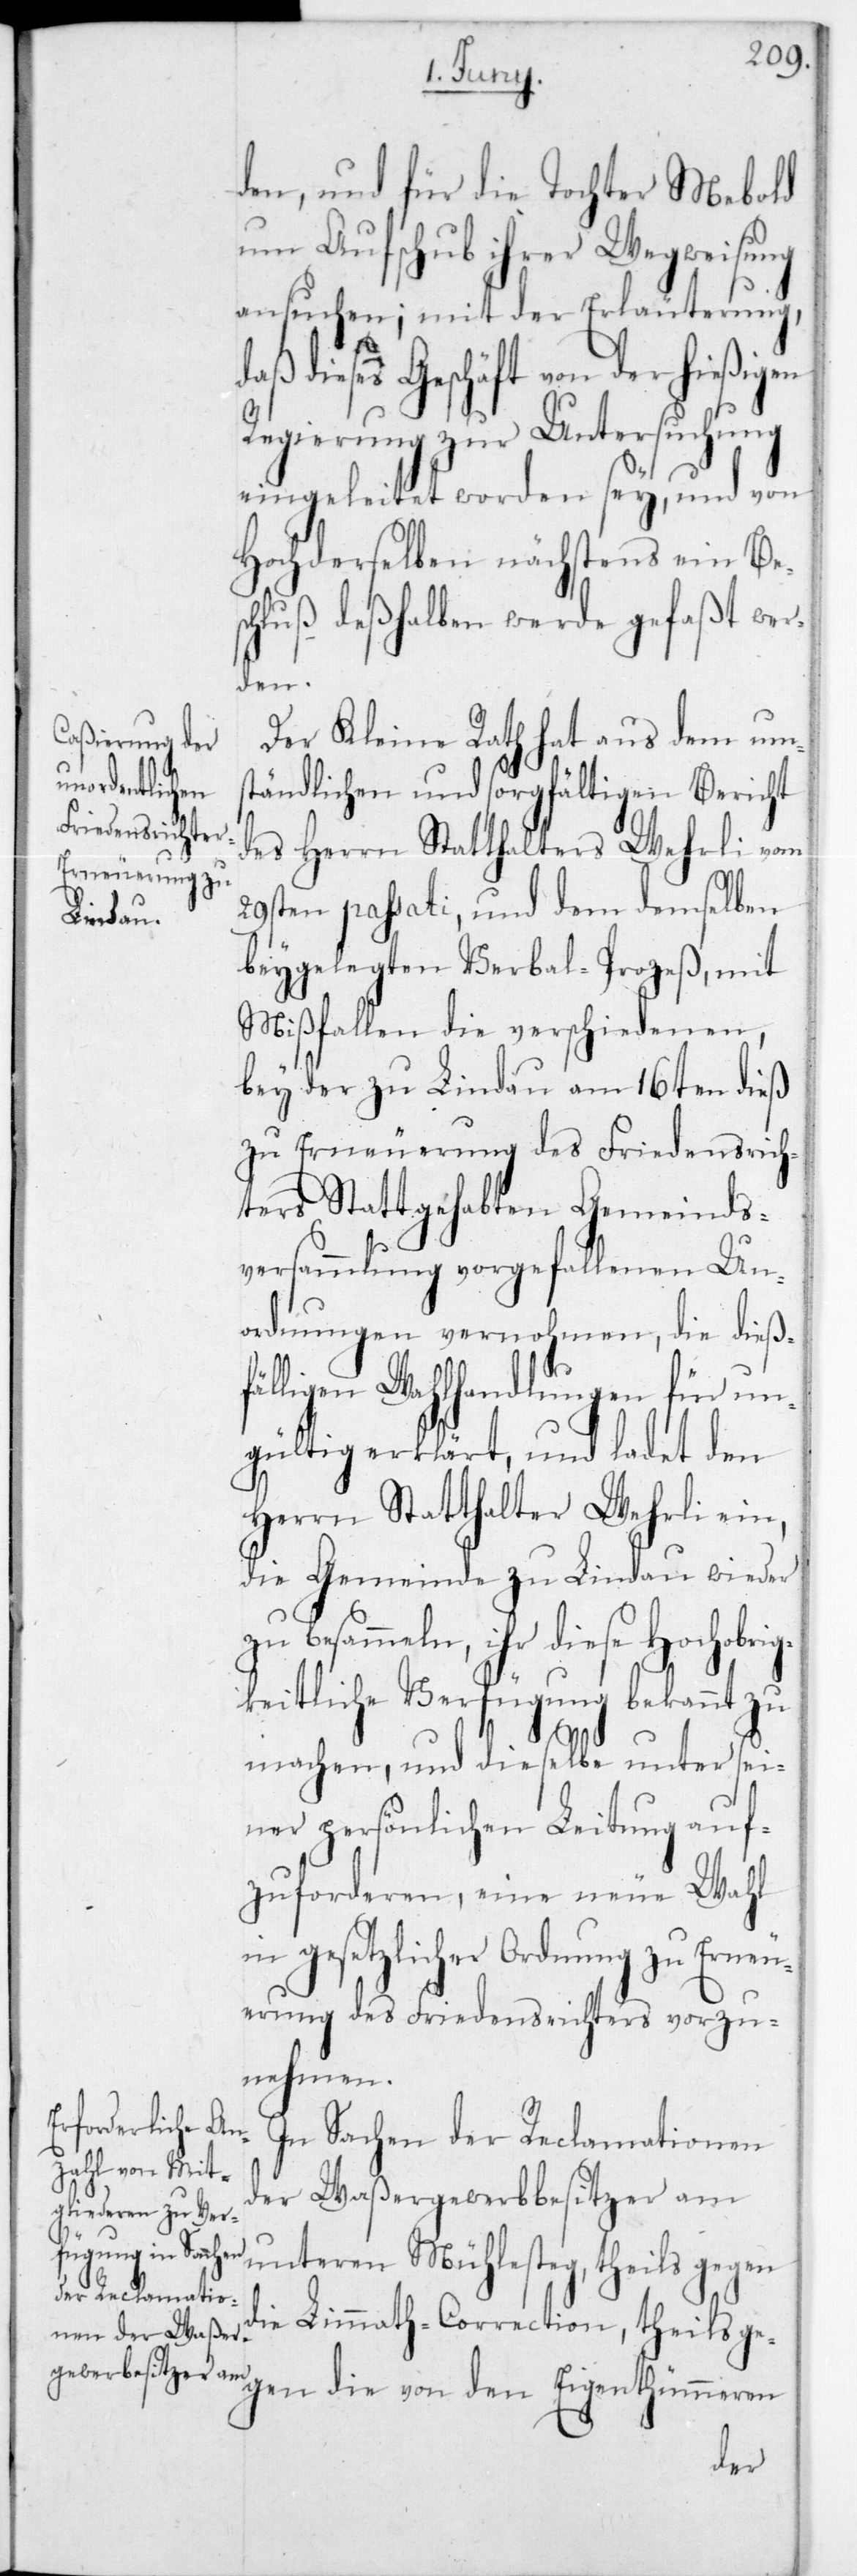
den, und für die Tochter Mebold
um Aufschub ihrer Wegweisung
ansuchen; mit der Erläuterung,
dieses Geschäft von der hießigen
Regierung zur Untersuchung
eingeleitet worden sey, und von
Hochderselben nächstens ein Be¬
schluß deßhalben werde gefaßt wer¬
den.
Der Kleine Rath hat aus dem um¬
ständlichen und sorgfältigen Bericht
des Herrn Statthalters Wehrli vom
29sten passati, und dem demselben
beygelegten Verbal-Prozeß, mit
Mißfallen die verschiedenen,
bey der zu Lindau am 16ten dieß
zu Erneuerung des Friedensrich¬
ters Stattgehabten Gemeinds¬
versammlung vorgefallenen Un¬
ordnungen vernohmen, die dießf¬
älligen Wahlhandlungen für un¬
gültig erklärt, und ladet den
Herrn Statthalter Wehrli ein,
die Gemeinde zu Lindau wieder
besammeln, ihr diese Hochobri¬
gkeitliche Verfügung bekannt zu
machen, und dieselbe unter sei¬
ner persönlichen Leitung auf¬
zuforderen, eine neue Wahl
in gesetzlicher Ordnung zu Erneu¬
erung des Friedensrichters vorzu¬
nehmen.
In Sachen der Reclamationen
der Waßergewerbbesitzer am
unteren Mühlesteg, theils gegen
die Limmath-Correction, theils ge¬
gen die von den Eigenthümmeren